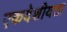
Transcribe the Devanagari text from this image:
एकदेशीयता